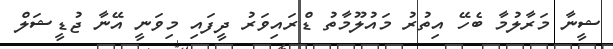
ޝީނާ މަރާލުމާ ބެހޭ އިތުރު މައުލޫމާތު ޑްރައިވަރު ދީފައި މިވަނީ އޭނާ ޖުޑީޝަލް